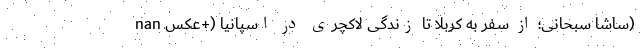
nan ساشا سبحانی؛ از سفر به کربلا تا زندگی لاکچری در اسپانیا (+عکس)